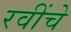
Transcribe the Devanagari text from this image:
रवींचे